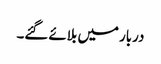
دربار میں بلائے گئے۔